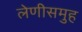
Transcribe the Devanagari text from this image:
लेणीसमुह